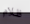
ظلام